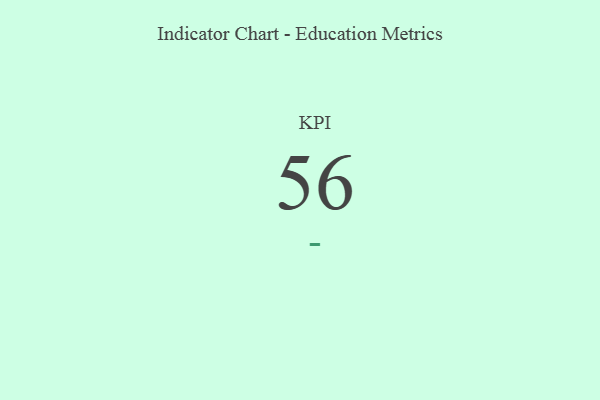
{"axis": {"x": "KPI", "y": "Value"}, "legend": [""], "data": [{"x": "KPI", "y": 56, "type": ""}]}